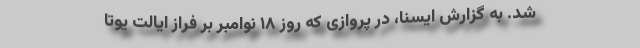
شد. به گزارش ایسنا، در پروازی که روز ۱۸ نوامبر بر فراز ایالت یوتا